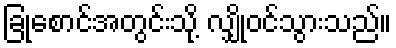
ခြုံစောင်အတွင်းသို့ လျှိုဝင်သွားသည်။